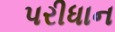
પરીધાન